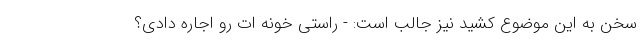
سخن به این موضوع کشید نیز جالب است: - راستی خونه ات رو اجاره دادی؟